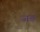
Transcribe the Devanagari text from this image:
जङ